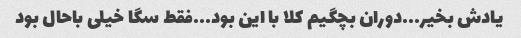
یادش بخیر...دوران بچگیم کلا با این بود...فقط سگا خیلی باحال بود